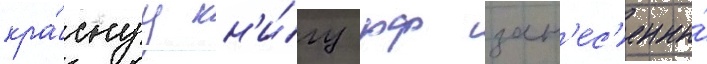
кра́снуу кн'и́гу рф зан'ес'ены́